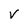
Character: V